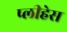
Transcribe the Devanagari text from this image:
प्लीहेस